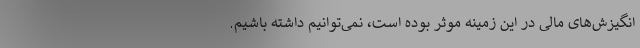
انگیزش‌های مالی در این زمینه موثر بوده است، نمی‌توانیم داشته باشیم.